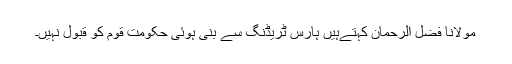
مولانا فضل الرحمان کہتےہیں ہارس ٹریڈنگ سے بنی ہوئی حکومت قوم کو قبول نہیں۔